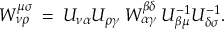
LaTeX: { \cal W } _ { \nu \rho } ^ { \mu \sigma } \: = \: { \cal U } _ { \nu \alpha } { \cal U } _ { \rho \gamma } \: W _ { \alpha \gamma } ^ { \beta \delta } \: { \cal U } _ { \beta \mu } ^ { - 1 } { \cal U } _ { \delta \sigma } ^ { - 1 } .